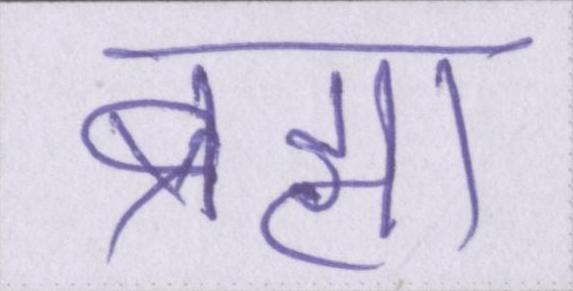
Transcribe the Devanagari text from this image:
ब्रह्मा